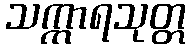
သက္ကာရသုတ္တ